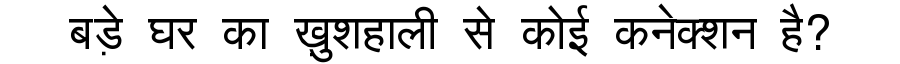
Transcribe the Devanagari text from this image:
बड़े घर का ख़ुशहाली से कोई कनेक्शन है?